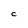
Character: C